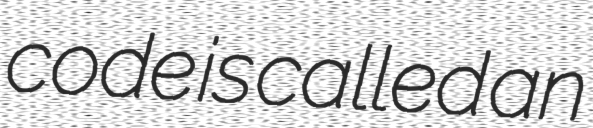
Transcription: code is called an